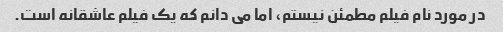
در مورد نام فیلم مطمئن نیستم، اما می دانم که یک فیلم عاشقانه است.